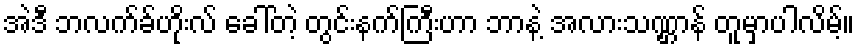
အဲဒီ ဘလက်ခ်ဟိုးလ် ခေါ်တဲ့ တွင်းနက်ကြီးဟာ ဘာနဲ့ အလားသဏ္ဌာန် တူမှာပါလိမ့်။